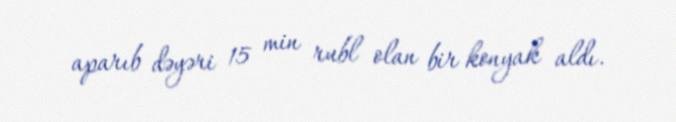
aparıb dəyəri 15 min rubl olan bir konyak aldı.